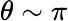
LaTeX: \theta\sim\pi